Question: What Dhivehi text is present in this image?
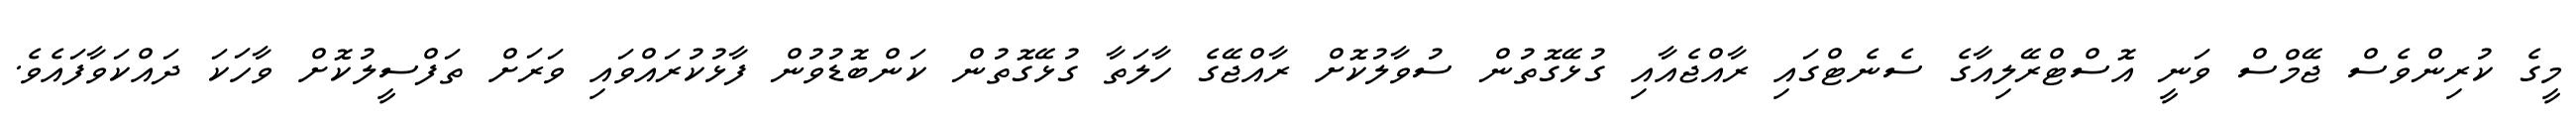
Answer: މީގެ ކުރިންވެސް ޖޭމްސް ވަނީ އޮސްޓްރޭލިއާގެ ސެނެޓްގައި ރާއްޖެއާއި ގުޅޭގޮތުން ސުވާލުކޮށް ރާއްޖޭގެ ހާލަތާ ގުޅޭގޮތުން ކަންބޮޑުވުން ފާޅުކުރައްވައި ވަރަށް ތަފްސީލުކޮށް ވާހަކަ ދައްކަވާފައެވެ.